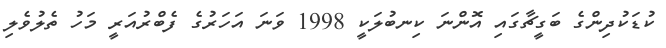
ކުޑަކުދިންގެ ބަގީޗާގައި އޮންނަ ކިނބުލަކީ 1998 ވަނަ އަހަރުގެ ފެބްރުއަރީ މަހު ތެލުވެލި